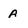
Character: A